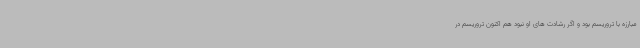
مبارزه با تروریسم بود و اگر رشادت های او نبود هم اکنون تروریسم در